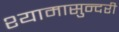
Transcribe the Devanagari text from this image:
श्यामासुन्दरी